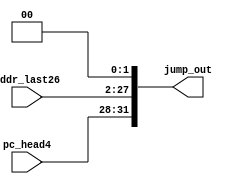

module jump(
    pc_head4,addr_last26,jump_out
    );
    input [3:0] pc_head4;
    input [25:0] addr_last26;
    output [31:0] jump_out;
    assign jump_out[31:0] = {pc_head4[3:0],addr_last26[25:0],2'b00};
endmodule